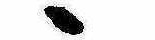
ゝ